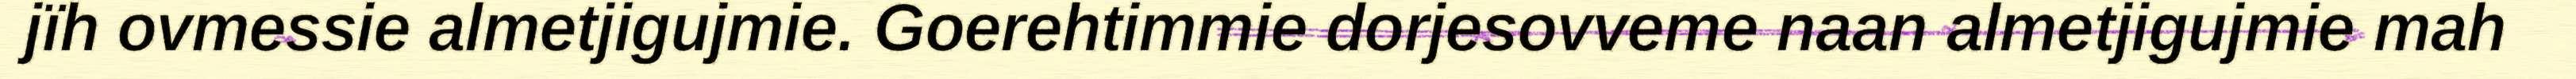
jïh ovmessie almetjigujmie. Goerehtimmie dorjesovveme naan almetjigujmie mah